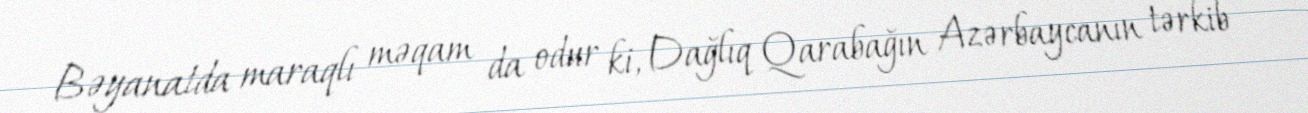
Bəyanatda maraqlı məqam da odur ki, Dağlıq Qarabağın Azərbaycanın tərkib